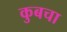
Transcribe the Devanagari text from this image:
कुबचा